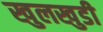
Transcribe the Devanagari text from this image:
खुलखुडी